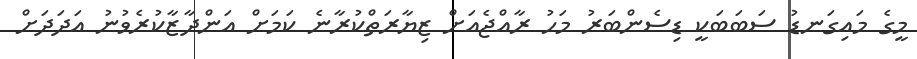
މީގެ މައިގަނޑު ސަބަބަކީ ޑިސެންބަރު މަހު ރާއްޖެއަށް ޒިޔާރަތްކުރާނެ ކަމަށް އަންދާޒާކުރެވުނު އަދަދަށް